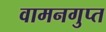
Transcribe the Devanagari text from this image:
वामनगुप्त